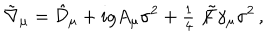
\tilde { \nabla } _ { \mu } = \hat { \mathcal { D } } _ { \mu } + i g A _ { \mu } \sigma ^ { 2 } + { \textstyle \frac { 1 } { 4 } } \not \! \tilde { F } \gamma _ { \mu } \sigma ^ { 2 } \, ,